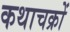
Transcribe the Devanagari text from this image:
कथाचक्रों